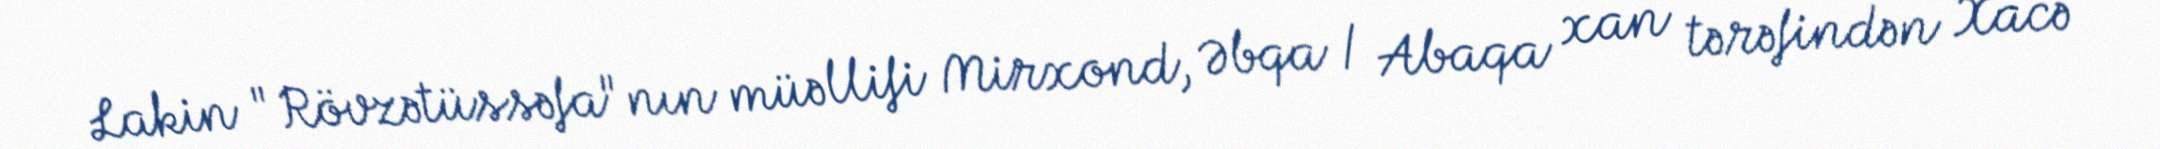
Lakin "Rövzətüssəfa"nın müəllifi Mirxond, Əbqa / Abaqa xan tərəfindən Xacə